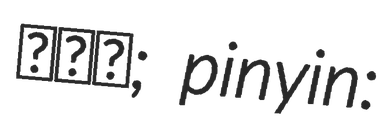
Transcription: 雙廟鄉; pinyin: